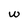
Character: w